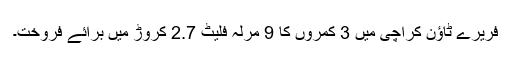
فریرے ٹاؤن کراچی میں 3 کمروں کا 9 مرلہ فلیٹ 2.7 کروڑ میں برائے فروخت۔